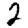
Digit: 2